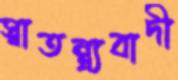
স্বাতন্ত্র্যবাদী